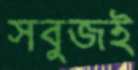
সবুজই